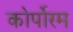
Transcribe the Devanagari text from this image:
कोर्पोरम